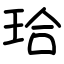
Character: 珨